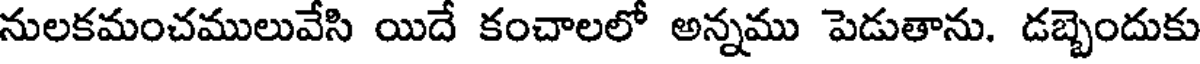
నులకమంచములువేసి యిదే కంచాలలో అన్నము పెడుతాను. డబ్బెందుకు